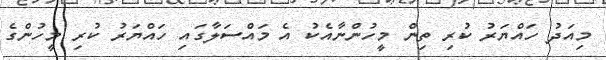
މިއަދު ހައްޔަރު ކުރި ތިން މީހުންނާއެކު އެ މައްސަލާގައި ހައްޔަރު ކުރި މީހުންގެ